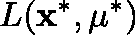
L ( \mathbf { x } ^ { \ast } , \mathbf { \mu } ^ { \ast } )